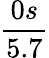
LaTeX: \frac{0s}{5.7}